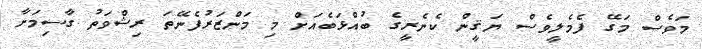
މަވެސް މަގޭ ފެމެލީވެސް ޔަޤީން ކެނެރީގެ ބުއްޅަބެއަށް މި މަންޒަރުފެނޭތަ ރިޝްވަތު ގާސިމަށާ